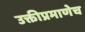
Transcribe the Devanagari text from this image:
उक्तीप्रमाणेच